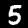
Digit: 5